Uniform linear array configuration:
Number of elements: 16
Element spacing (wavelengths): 0.25
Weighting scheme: hamming
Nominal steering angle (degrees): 15
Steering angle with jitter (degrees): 16.906
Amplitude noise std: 0.05
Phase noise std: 0.05

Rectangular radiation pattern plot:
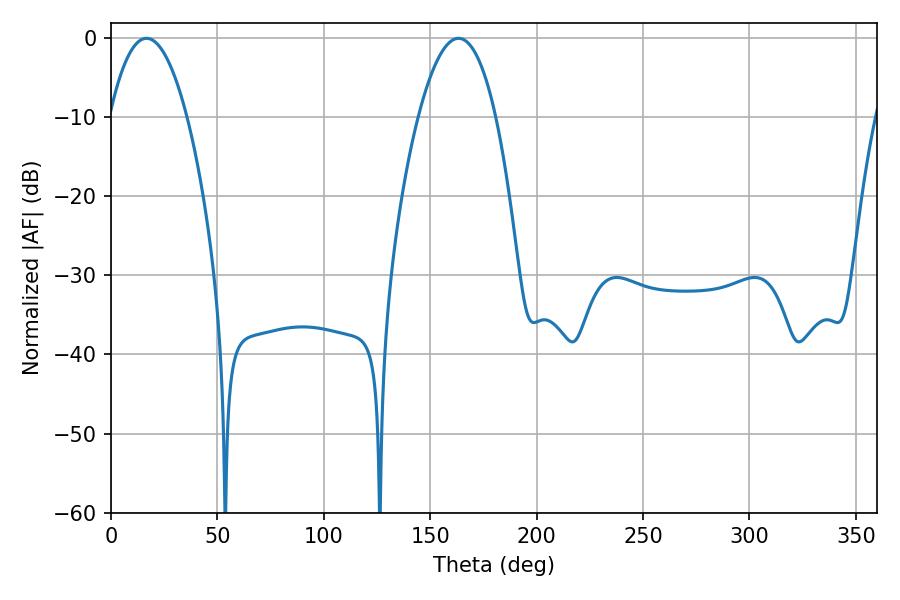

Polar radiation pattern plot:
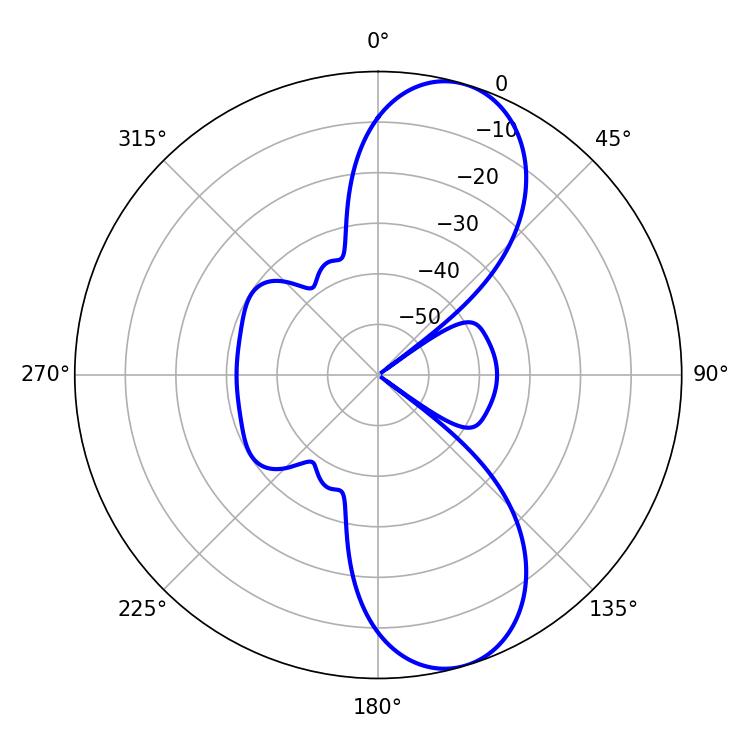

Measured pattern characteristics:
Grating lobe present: FALSE
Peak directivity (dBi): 9.625
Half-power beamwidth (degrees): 20.16
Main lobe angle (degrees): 16.74